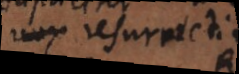
tum resurrectio,